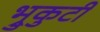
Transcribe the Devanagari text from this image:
भ्रुकुटी